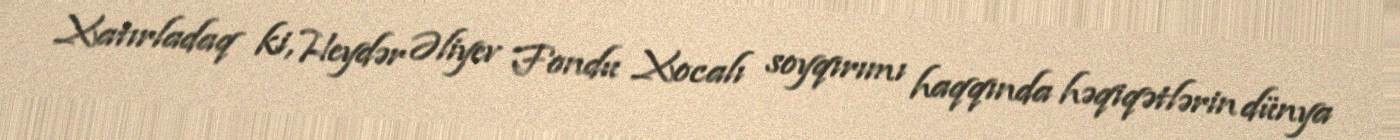
Xatırladaq ki, Heydər Əliyev Fondu Xocalı soyqırımı haqqında həqiqətlərin dünya